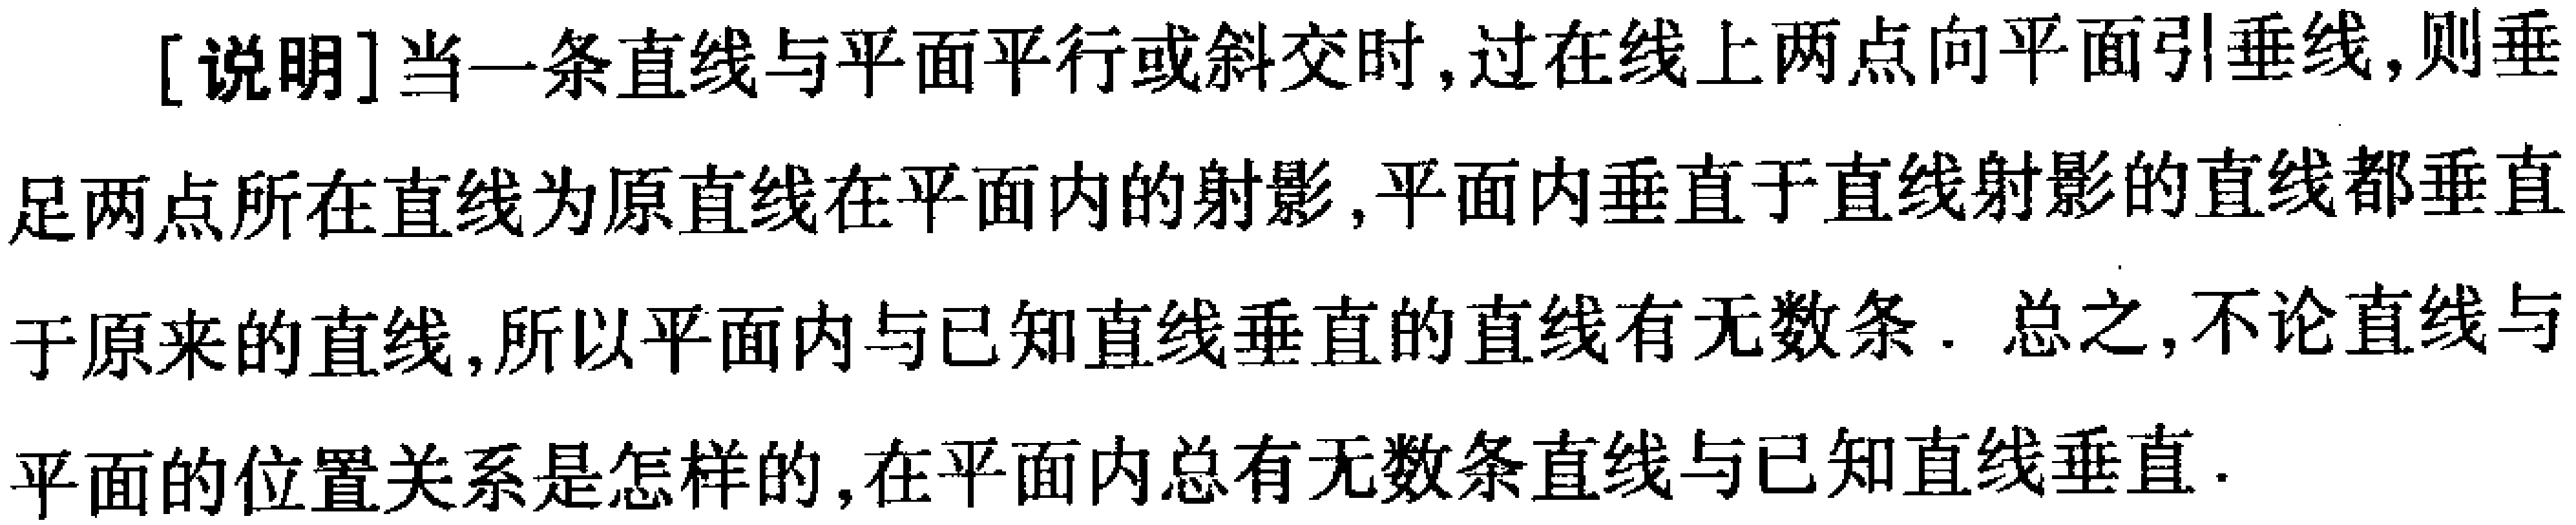
[说明]当一条直线与平面平行或斜交时,过在线上两点向平面引垂线,则垂足两点所在直线为原直线在平面内的射影,平面内垂直于直线射影的直线都垂直于原来的直线,所以平面内与已知直线垂直的直线有无数条. 总之,不论直线与平面的位置关系是怎样的,在平面内总有无数条直线与已知直线垂直.